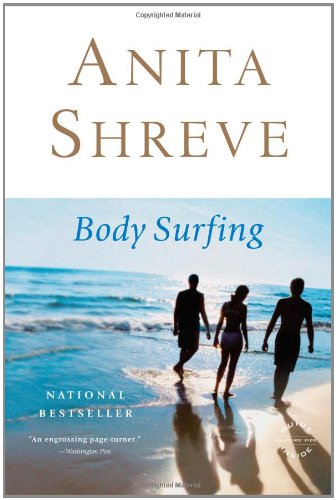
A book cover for Body Surfing: A Novel; Anita Shreve; Literature & Fiction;